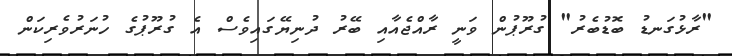
"ރާޅުގަނޑު ބޮޑުބެރު" ގުރޫޕުން ވަނީ ރާއްޖެއާއި ބޭރު ދުނިޔޭގައިވެސް އެ ގުރޫޕުގެ ހުނަރުވެރިކަން